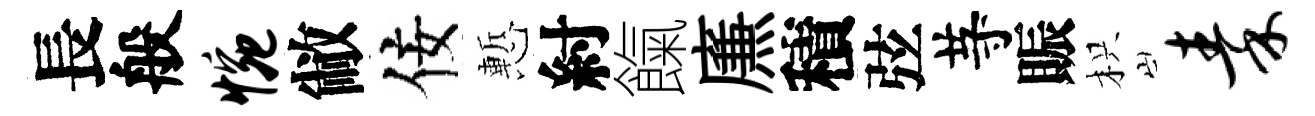
長般惋敝佞慙紂餼㢘積弦䒭賑枳秦